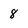
Character: 8